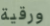
ورقية